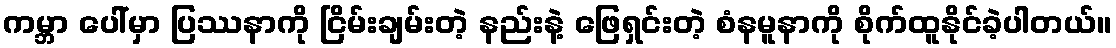
ကမ္ဘာ ပေါ်မှာ ပြဿနာကို ငြိမ်းချမ်းတဲ့ နည်းနဲ့ ဖြေရှင်းတဲ့ စံနမူနာကို စိုက်ထူနိုင်ခဲ့ပါတယ်။